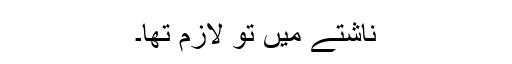
ناشتے میں تو لازم تھا۔